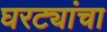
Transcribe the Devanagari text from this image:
घरट्यांचा